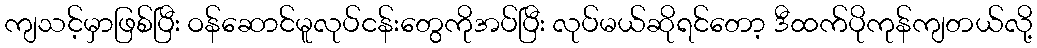
ကျသင့်မှာဖြစ်ပြီး ဝန်ဆောင်မူလုပ်ငန်းတွေကိုအပ်ပြီး လုပ်မယ်ဆိုရင်တော့ ဒီထက်ပိုကုန်ကျတယ်လို့